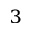
^ 3